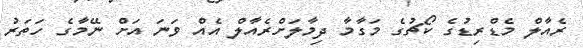
ރެއާލް މެޑްރިޑުގެ ކޯޗުގެ މަގާމާ ދިމާލަށްރެއާލް އެއް ވަނަ އަށް ނޭމާގެ ހަތަރު